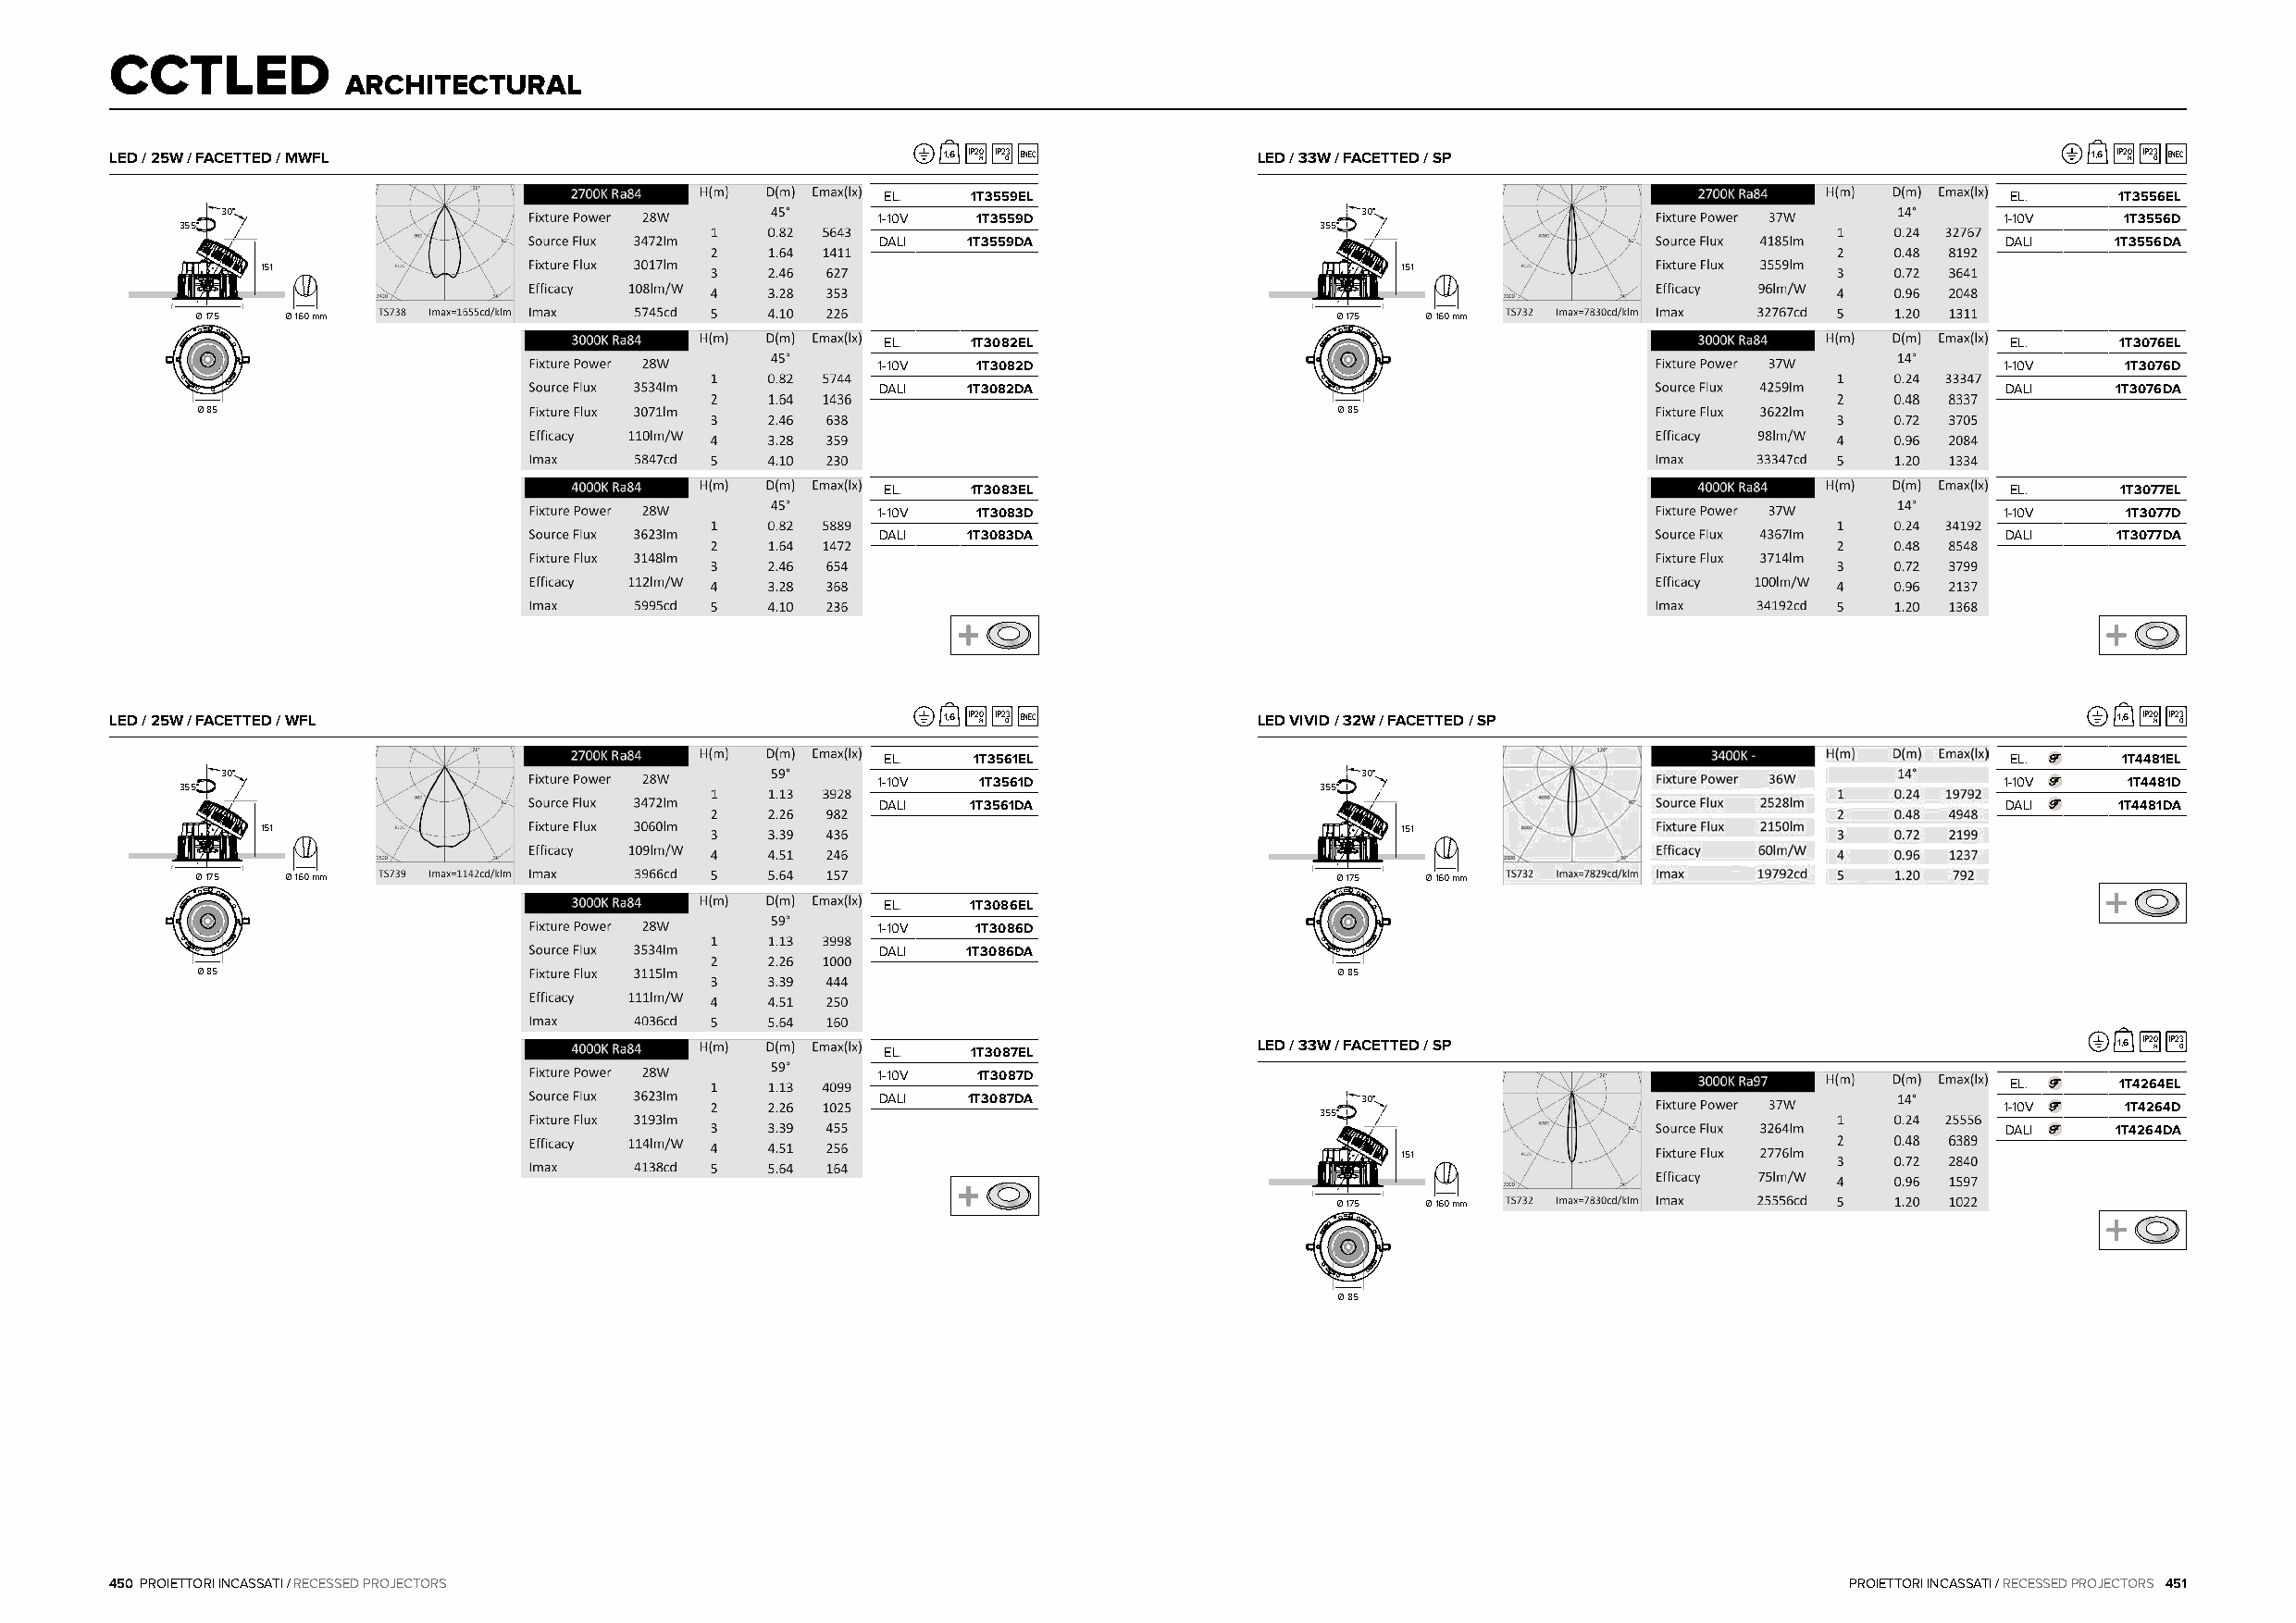
CCTLED
 ARCHITECTURAL
 LED / 25W / FACETTED / MWFL                                1,6 IP20 H IP2 O3 ENEC LED / 33W / FACETTED / SP                                   1,6 IP20 H IP2 O3 ENEC
 EL.   1T3559EL                                                                   EL.     1T3556EL
 30°                                                                              30°
 1-10V  1T3559D                                                                  1-10V    1T3556D
 355°                                                                             355°
 DALI  1T3559DA                                                                  DALI    1T3556DA
 151                                                                              151
 Ø 175 Ø 160 mm                                                                    Ø 175 Ø 160 mm
 EL.   1T3082EL                                                                   EL.     1T3076EL
 1-10V  1T3082D                                                                  1-10V    1T3076D
 DALI  1T3082DA                                                                  DALI    1T3076DA
 Ø 85                                                                              Ø 85
 EL.   1T3083EL                                                                   EL.     1T3077EL
 1-10V  1T3083D                                                                  1-10V    1T3077D
 DALI  1T3083DA                                                                  DALI    1T3077DA
 LED / 25W / FACETTED / WFL                                 1,6 IP20 H IP2 O3 ENEC LED VIVID / 32W / FACETTED / SP                              1,6 IP20 H IP2 O3
 EL.    1T3561EL                                                                  EL.     1T4481EL
 30°                                                                              30°
 1-10V  1T3561D                                                                  1-10V    1T4481D
 355°                                                                             355°
 DALI  1T3561DA                                                                  DALI     1T4481DA
 151                                                                              151
 Ø 175 Ø 160 mm                                                                    Ø 175 Ø 160 mm
 EL.   1T3086EL
 1-10V  1T3086D
 DALI  1T3086DA
 Ø 85                                                                              Ø 85
 EL.   1T3087EL             LED / 33W / FACETTED / SP                                    1,6 IP20 H IP2 O3
 1-10V  1T3087D
 EL.     1T4264EL
 DALI  1T3087DA                    30°
 1-10V    1T4264D
 355°
 DALI    1T4264DA
 151
 Ø 175 Ø 160 mm
 Ø 85
 450 PROIETTORI INCASSATI / RECESSED PROJECTORS                                                                              PROIETTORI INCASSATI / RECESSED PROJECTORS 451